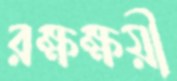
রক্ষক্ষয়ী